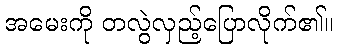
အမေးကို တလွဲလှည့်ပြောလိုက်၏။